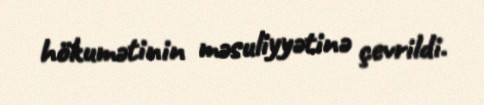
hökumətinin məsuliyyətinə çevrildi.